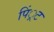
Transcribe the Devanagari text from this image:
पिं्रट